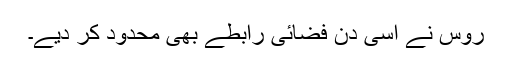
روس نے اسی دن فضائی رابطے بھی محدود کر دیے۔